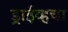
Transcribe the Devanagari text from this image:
ड्राईव्हचा